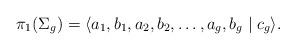
LaTeX: \begin{align*}\pi_1(\Sigma_g)=\langle a_1,b_1,a_2,b_2,\ldots, a_g,b_g \mid c_g\rangle. \end{align*}